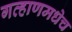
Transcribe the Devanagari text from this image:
गव्हाणमधेच